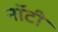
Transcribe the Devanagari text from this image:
नॉटी